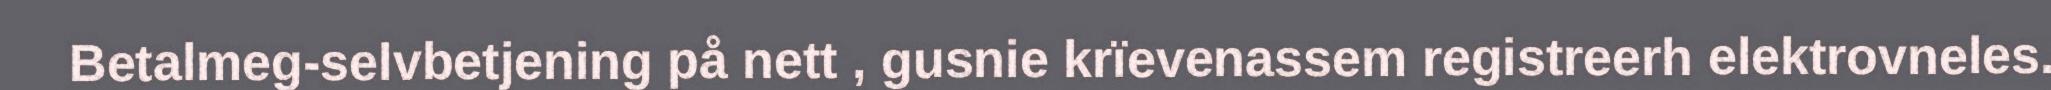
Betalmeg-selvbetjening på nett , gusnie krïevenassem registreerh elektrovneles.